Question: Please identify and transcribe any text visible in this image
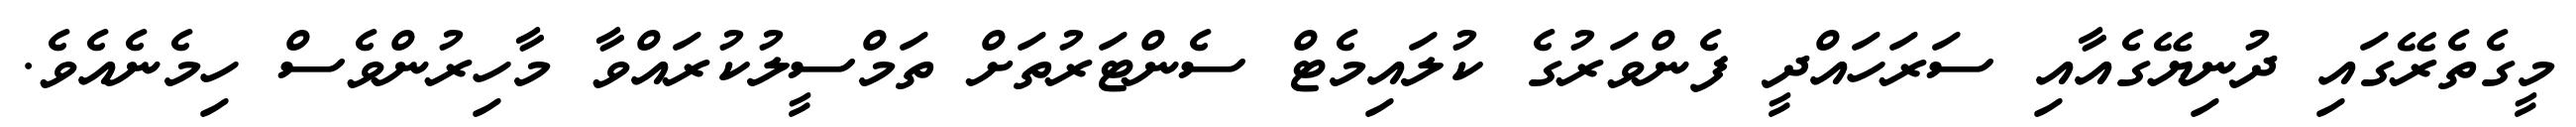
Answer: މީގެތެރޭގައި ދުނިޔޭގެއާއި ސަރަހައްދީ ފެންވަރުގެ ކުލައިމެޓް ސެންޓަރުތަށް ތަމްސީލުކުރައްވާ މާހިރުންވެސް ހިމެނެއެވެ.